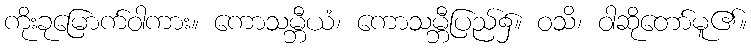
ကိုးခုမြောက်ဝါကား။ ကောသမ္ဘီယံ၊ ကောသမ္ဘီပြည်၌။ ဝသိ၊ ဝါဆိုတော်မူ၏။